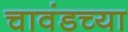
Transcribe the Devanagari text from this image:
चावंडच्या